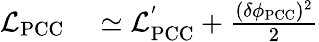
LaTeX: \begin{array}{rl}{\mathcal{L}_{\mathrm{PCC}}}&{{}\simeq\mathcal{L}_{\mathrm{PCC}}^{'}+\frac{(\delta\phi_{\mathrm{PCC}})^{2}}{2}}\end{array}